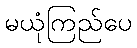
မယုံကြည်ပေ